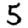
Digit: 5